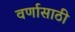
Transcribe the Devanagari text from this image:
वर्णासाठी